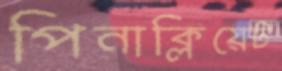
পিনাক্লিয়েট